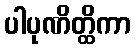
ပါပုဏိတ္ထိကာ